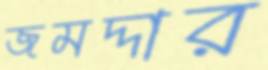
জমদ্দার